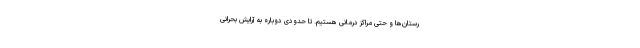
رستان‌ها و حتی مراکز درمانی هستیم. تا حدودی دوباره به آرایش بحرانی